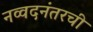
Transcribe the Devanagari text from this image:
नव्वदनंतरची